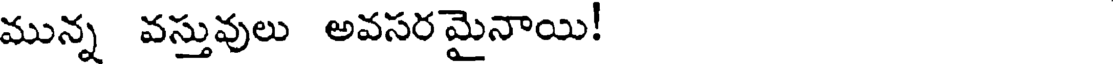
మున్న వస్తువులు అవసరమైనాయి!